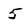
Character: 5